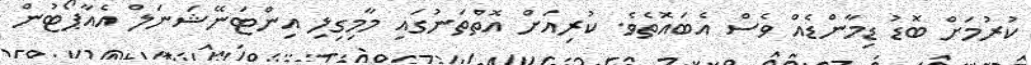
ކުރުމަށް ބޮޑު ޑިމާންޑެއް ވެސް އެބައޮތެވެ. ކުރިއަށް އޮތްތަނުގައި މާމިގިލި އިންޓަނޭޝަނަލް އެއާޕޯޓުން